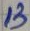
Text: 13